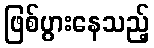
ဖြစ်ပွားနေသည့်